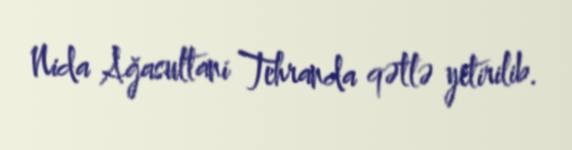
Nida Ağasultani Tehranda qətlə yetirilib.